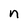
Character: n